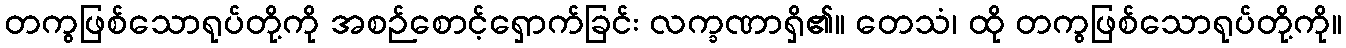
တကွဖြစ်သောရုပ်တို့ကို အစဉ်စောင့်ရှောက်ခြင်း လက္ခဏာရှိ၏။ တေသံ၊ ထို တကွဖြစ်သောရုပ်တို့ကို။